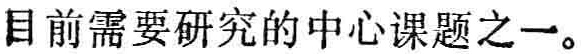
目前需要研究的中心课题之一。